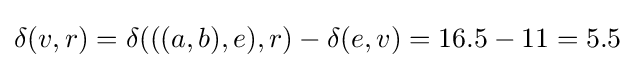
\delta (v,r)=\delta (((a,b),e),r)-\delta (e,v)=16.5-11=5.5